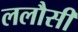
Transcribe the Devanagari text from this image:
ललौसी